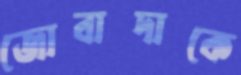
জোবাদাকে